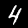
Digit: 4